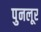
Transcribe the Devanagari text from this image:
पुनलूर